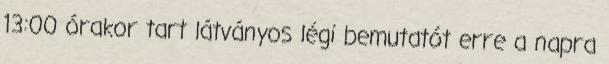
13:00 órakor tart látványos légi bemutatót erre a napra